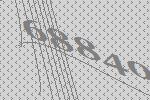
68840